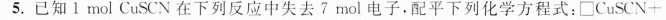
5.已知1mol CuSCN在下列反应中失去7mol电子。配平下列化学方程式：□CuSCN+